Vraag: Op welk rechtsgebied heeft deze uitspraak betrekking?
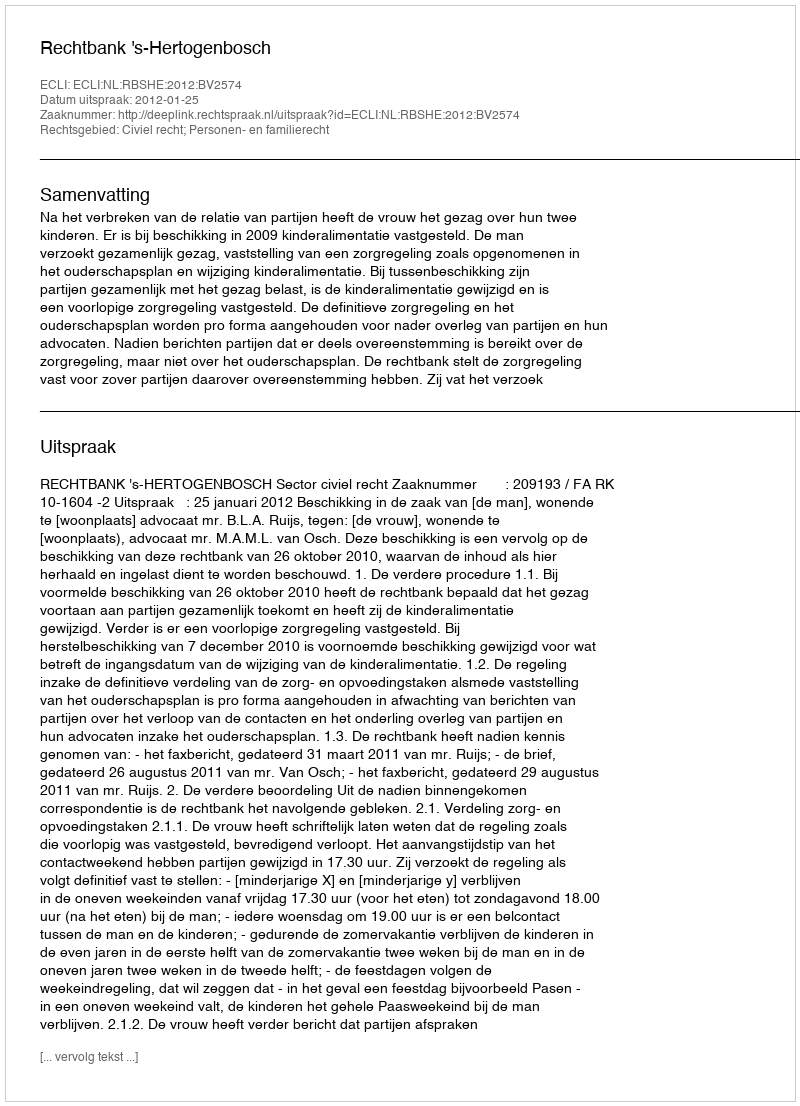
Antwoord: Civiel recht; Personen- en familierecht